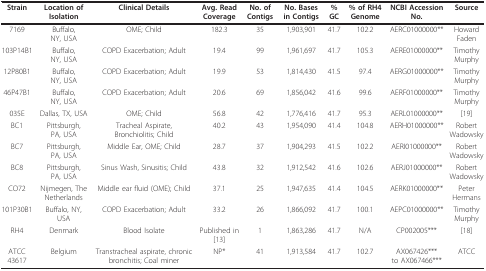
<table><thead><tr><td><b>Strain</b></td><td><b>Location of Isolation</b></td><td><b>Clinical Details</b></td><td><b>Avg. Read Coverage</b></td><td><b>No. of Contigs</b></td><td><b>No. Bases in Contigs</b></td><td><b>% GC</b></td><td><b>% of RH4 Genome</b></td><td><b>NCBI Accession No.</b></td><td><b>Source</b></td></tr></thead><tbody><tr><td>7169</td><td>Buffalo, NY, USA</td><td>OME; Child</td><td>182.3</td><td>35</td><td>1,903,901</td><td>41.7</td><td>102.2</td><td>AERC01000000**</td><td>Howard Faden</td></tr><tr><td>103P14B1</td><td>Buffalo, NY, USA</td><td>COPD Exacerbation; Adult</td><td>19.4</td><td>99</td><td>1,961,697</td><td>41.7</td><td>105.3</td><td>AERE01000000**</td><td>Timothy Murphy</td></tr><tr><td>12P80B1</td><td>Buffalo, NY, USA</td><td>COPD Exacerbation; Adult</td><td>19.9</td><td>53</td><td>1,814,430</td><td>41.5</td><td>97.4</td><td>AERG01000000**</td><td>Timothy Murphy</td></tr><tr><td>46P47B1</td><td>Buffalo, NY, USA</td><td>COPD Exacerbation; Adult</td><td>20.6</td><td>69</td><td>1,856,042</td><td>41.6</td><td>99.6</td><td>AERF01000000**</td><td>Timothy Murphy</td></tr><tr><td>035E</td><td>Dallas, TX, USA</td><td>OME; Child</td><td>56.8</td><td>42</td><td>1,776,416</td><td>41.7</td><td>95.3</td><td>AERL01000000**</td><td>[19]</td></tr><tr><td>BC1</td><td>Pittsburgh, PA, USA</td><td>Tracheal Aspirate, Bronchiolitis; Child</td><td>40.2</td><td>43</td><td>1,954,090</td><td>41.4</td><td>104.8</td><td>AERH01000000**</td><td>Robert Wadowsky</td></tr><tr><td>BC7</td><td>Pittsburgh, PA, USA</td><td>Middle Ear, OME; Child</td><td>28.7</td><td>37</td><td>1,904,293</td><td>41.5</td><td>102.2</td><td>AERI01000000**</td><td>Robert Wadowsky</td></tr><tr><td>BC8</td><td>Pittsburgh, PA, USA</td><td>Sinus Wash, Sinusitis; Child</td><td>43.8</td><td>32</td><td>1,912,542</td><td>41.6</td><td>102.6</td><td>AERJ01000000**</td><td>Robert Wadowsky</td></tr><tr><td>CO72</td><td>Nijmegen, The Netherlands</td><td>Middle ear fluid (OME); Child</td><td>37.1</td><td>25</td><td>1,947,635</td><td>41.4</td><td>104.5</td><td>AERK01000000**</td><td>Peter Hermans</td></tr><tr><td>101P30B1</td><td>Buffalo, NY, USA</td><td>COPD Exacerbation; Adult</td><td>33.2</td><td>26</td><td>1,866,092</td><td>41.7</td><td>100.1</td><td>AEPC01000000**</td><td>Timothy Murphy</td></tr><tr><td>RH4</td><td>Denmark</td><td>Blood Isolate</td><td>Published in [13]</td><td>1</td><td>1,863,286</td><td>41.7</td><td>N/A</td><td>CP002005***</td><td>[18]</td></tr><tr><td>ATCC 43617</td><td>Belgium</td><td>Transtracheal aspirate, chronic bronchitis; Coal miner</td><td>NP*</td><td>41</td><td>1,913,584</td><td>41.7</td><td>102.7</td><td>AX067426***to AX067466***</td><td>ATCC</td></tr></tbody></table>